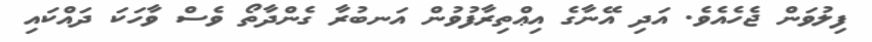
ފިލުވަން ޖެހެއެވެ. އަދި އޭނާގެ އިޢްތިރާފުވުން އަނބުރާ ގެންދާތޯ ވެސް ވާހަކަ ދައްކައި